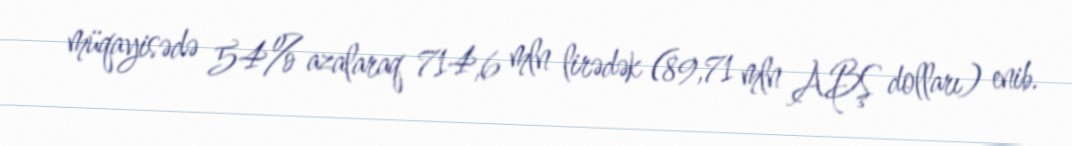
müqayisədə 54% azalaraq 714,6 mln lirədək (89,71 mln ABŞ dolları) enib.